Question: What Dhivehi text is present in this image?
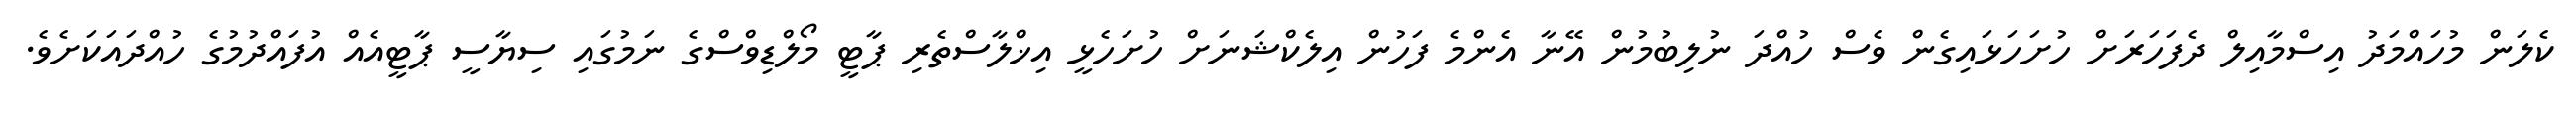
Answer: ކެލަން މުހައްމަދު އިސްމާއިލް ދެފަހަރަށް ހުށަހަޅައިގެން ވެސް ހުއްދަ ނުލިބުމުން އޭނާ އެންމެ ފަހުން އިލެކްޝަނަށް ހުށަހެޅީ އިޚްލާސްތެރި ޕާޓީ މޯލްޑިވްސްގެ ނަމުގައި ސިޔާސީ ޕާޓީއެއް އުފައްދުމުގެ ހުއްދައަކަށެވެ.